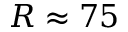
R \approx 7 5